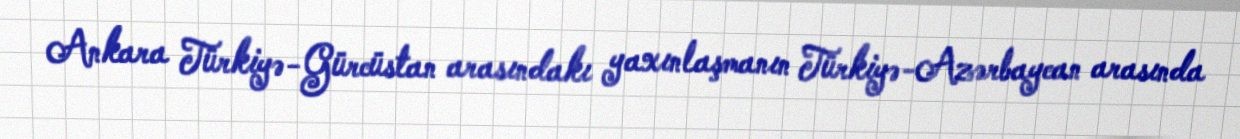
Ankara Türkiyə-Gürcüstan arasındakı yaxınlaşmanın Türkiyə-Azərbaycan arasında